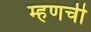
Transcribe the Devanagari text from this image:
म्हणची